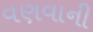
વણવાની